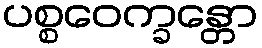
ပစ္စဝေက္ခန္တော